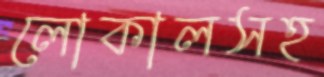
লোকালসহ